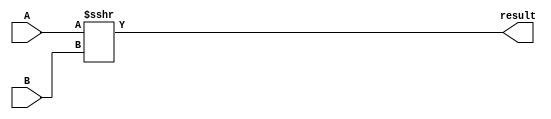
module arithmetic_shift_right (
    // Arithemetic Shift Right Inputs
    input wire [31:0] A, B,
    
    // Arithemetic Shift Right Output
    output wire [31:0] result);
	 
    // Shifted result assigned to output signal 'result'
    assign result = $signed(A) >>> B;         

endmodule